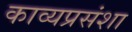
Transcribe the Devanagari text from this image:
काव्यप्रसंशा